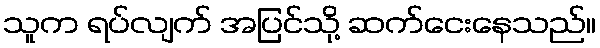
သူက ရပ်လျက် အပြင်သို့ ဆက်ငေးနေသည်။